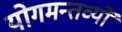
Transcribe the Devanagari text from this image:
योगमन्तव्यों